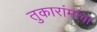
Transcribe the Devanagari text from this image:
तुकारांमांचा